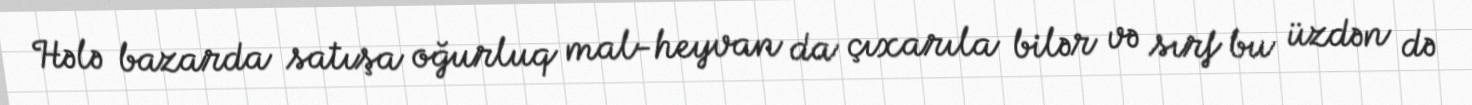
Hələ bazarda satışa oğurluq mal-heyvan da çıxarıla bilər və sırf bu üzdən də